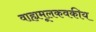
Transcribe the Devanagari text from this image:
वाह्यमूलकवकीय